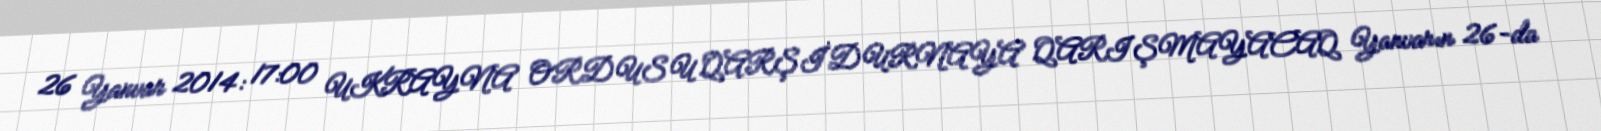
26 Yanvar 2014: 17:00 UKRAYNA ORDUSU QARŞİDURNAYA QARIŞMAYACAQ Yanvarın 26-da